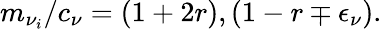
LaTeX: m_{\nu_{i}}/c_{\nu}=(1+2r),(1-r\mp\epsilon_{\nu}).